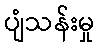
ပျံသန်းမှု